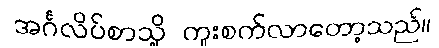
အင်္ဂလိပ်စာသို့ ကူးစက်လာတော့သည်။